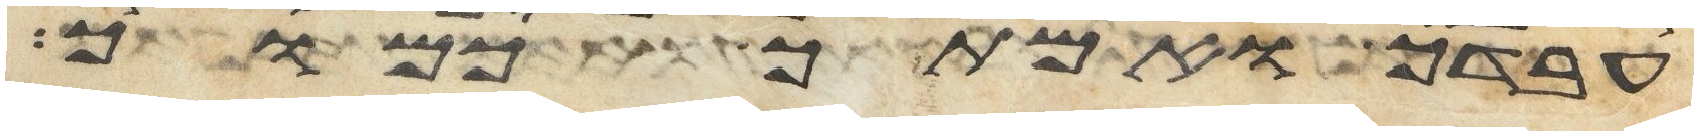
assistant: עבדך ואמתך כמוך